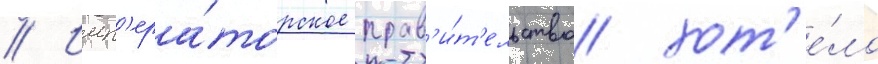
// Имп'ера́торское прав'и́т'ельство хот'е́ло